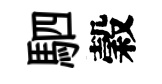
駟穀